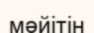
мәйітін